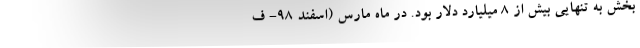
بخش به تنهایی بیش از ۸ میلیارد دلار بود. در ماه مارس (اسفند ۹۸- ف